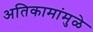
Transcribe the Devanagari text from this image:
अतिकामांमुळे